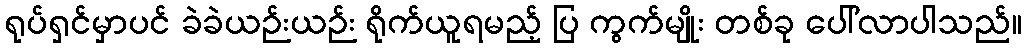
ရုပ်ရှင်မှာပင် ခဲခဲယဉ်းယဉ်း ရိုက်ယူရမည့် ပြ ကွက်မျိုး တစ်ခု ပေါ်လာပါသည်။